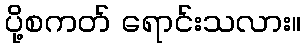
ပို့စကတ် ရောင်းသလား။